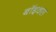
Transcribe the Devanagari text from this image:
बाॅइक्स